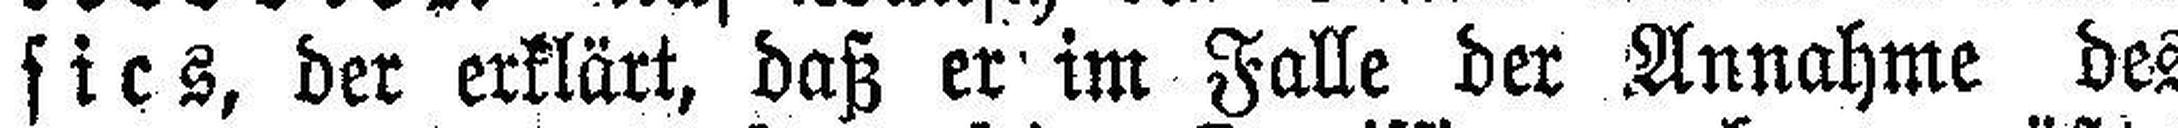
sics, der erklärt, daß er im Falle der Annahme des